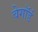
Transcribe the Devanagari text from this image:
वेगॉर्ड